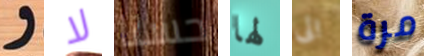
و لا حسنا لها الى مرة